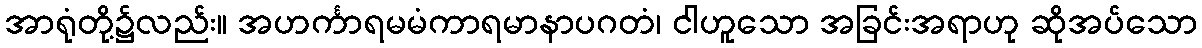
အာရုံတို့၌လည်း။ အဟင်္ကာရမမံကာရမာနာပဂတံ၊ ငါဟူသော အခြင်းအရာဟု ဆိုအပ်သော